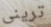
ترينى